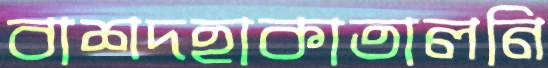
বাশদহাকাতালনি